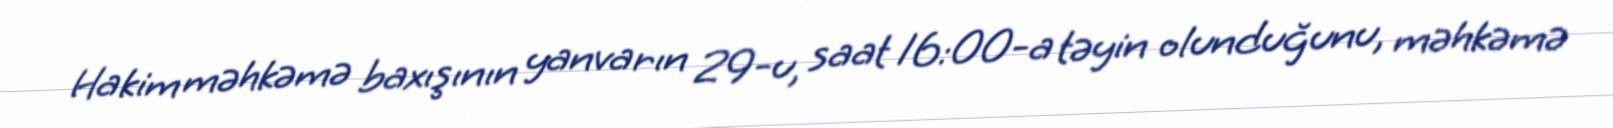
Hakim məhkəmə baxışının yanvarın 29-u, saat 16:00-a təyin olunduğunu, məhkəmə